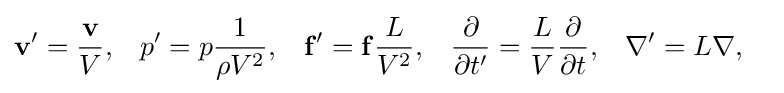
{\begin{aligned}\mathbf {v} '&={\frac {\mathbf {v} }{V}},&p'&=p{\frac {1}{\rho V^{2}}},&\mathbf {f} '&=\mathbf {f} {\frac {L}{V^{2}}},&{\frac {\partial }{\partial t'}}&={\frac {L}{V}}{\frac {\partial }{\partial t}},&\nabla '&=L\nabla ,\end{aligned}}